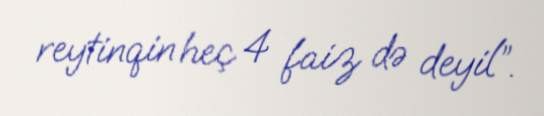
reytinqin heç 4 faiz də deyil”.